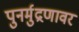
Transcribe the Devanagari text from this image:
पुनर्मुद्रणावर